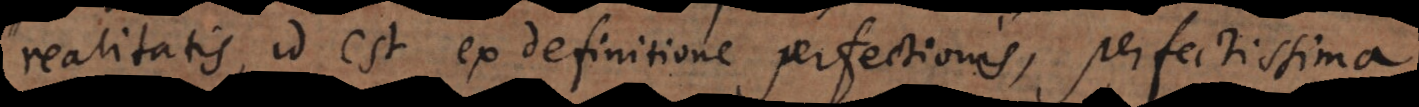
realitatis, id est ex definitione perfectionis, perfectissima